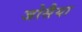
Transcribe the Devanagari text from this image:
जोसैया